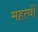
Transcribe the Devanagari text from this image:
महत्वों